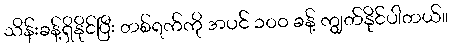
သိန်းခန့်ရှိနိုင်ပြီး တစ်ရက်ကို အပင် ၁၀၀ ခန့် ကျွတ်နိုင်ပါတယ်။